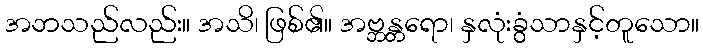
အဘသည်လည်း။ အသိ၊ ဖြစ်၏။ အဗ္ဘန္တရော၊ နှလုံးခွံသာနှင့်တူသော။